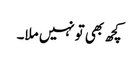
کچھ بھی تونہیں ملا۔